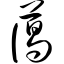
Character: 蔼